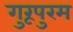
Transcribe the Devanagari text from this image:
गुरूपुरम